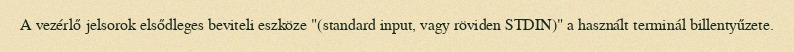
A vezérlő jelsorok elsődleges beviteli eszköze "(standard input, vagy röviden STDIN)" a használt terminál billentyűzete.